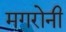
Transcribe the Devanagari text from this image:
मगरोनी